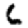
Digit: 6